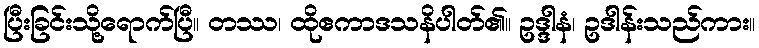
ပြီးခြင်းသို့ရောက်ပြီ။ တဿ၊ ထိုဧကာဒသနိပါတ်၏။ ဥဒ္ဒါနံ၊ ဥဒါန်းသည်ကား။